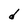
Character: d